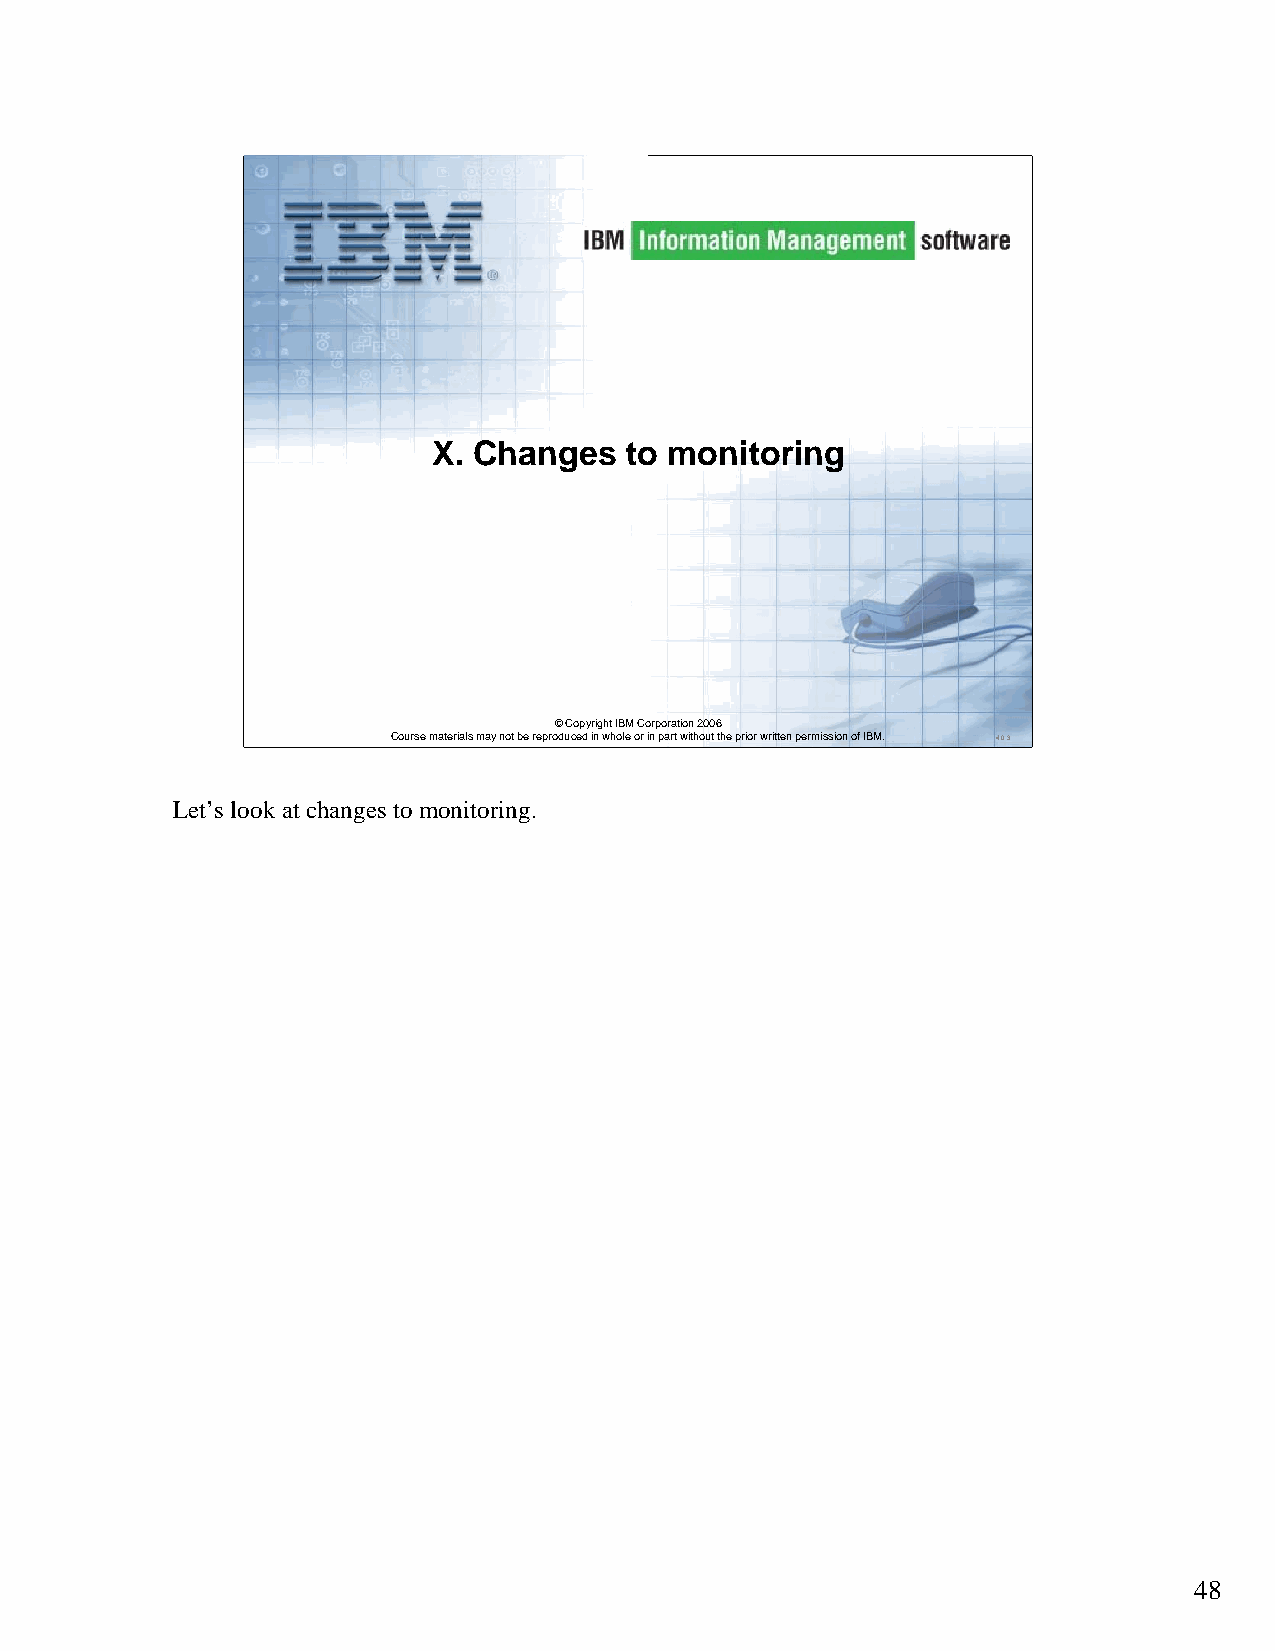
X. Changes  to monitoring
 ©Copyright IBM Corporation 2006
 Course materials may not be reproduced in whole or in part without the prior written permission of IBM. 4.0.3
 Let’s look at changes to monitoring.
 48